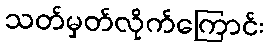
သတ်မှတ်လိုက်ကြောင်း